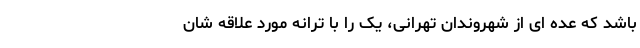
باشد که عده ای از شهروندان تهرانی، یک را با ترانه مورد علاقه شان